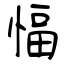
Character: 愊